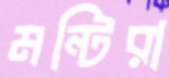
মন্টিরা